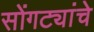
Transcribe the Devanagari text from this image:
सोंगट्यांचे